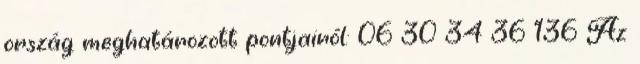
ország meghatározott pontjairól: 06 30 34 36 136 Az